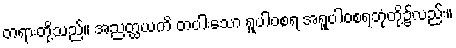
တရားတို့သည်။ အညတ္ထယကိ တပါးသော ရူပါဝစရ အရူပါဝစရဘုံတို့၌လည်း။